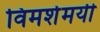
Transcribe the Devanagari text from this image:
विमर्शमयी